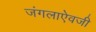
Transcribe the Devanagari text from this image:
जंगलाऐवजी